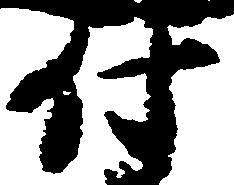
付